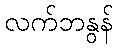
လက်ဘနွန်